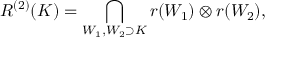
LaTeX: R ^ { ( 2 ) } ( K ) = \bigcap _ { W _ { 1 } , W _ { 2 } \supset K } r ( W _ { 1 } ) \otimes r ( W _ { 2 } ) ,